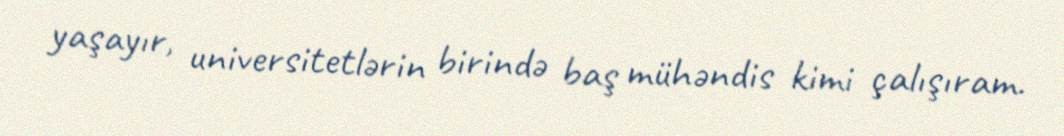
yaşayır, universitetlərin birində baş mühəndis kimi çalışıram.